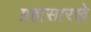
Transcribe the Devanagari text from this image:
ग्रहासारखे